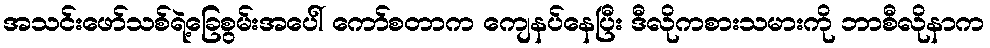
အသင်းဖော်သစ်ရဲ့ခြေစွမ်းအပေါ် ကော်စတာက ကျေနပ်နေပြီး ဒီလိုကစားသမားကို ဘာစီလိုနာက